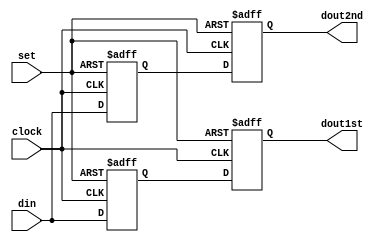
`timescale 1ns / 1ps
//--------------------------------------------------------------------------------------------------------
//  1-to-2 De-multiplexer converts 80MHz data to 40MHz
//--------------------------------------------------------------------------------------------------------
//  12/03/2001  Initial
//  01/29/2002  Added aclr input
//  03/03/2002  Replaced library FFs with behavioral FFs
//  06/04/2004  Add async set for MPC receiver
//  09/19/2006  Mod for xst
//  10/06/2006  Convert to DDR
//  07/15/2010  Conform port order to Virtex 6 version, change to non-blocking operators
//  05/02/2013  Port from Virtex-2
//--------------------------------------------------------------------------------------------------------
  module x_demux_ddr_mpc (clock,set,din,dout1st,dout2nd);

// Generic
  parameter WIDTH = 8;
  initial  $display("x_demux_ddr_mpc: WIDTH=%d",WIDTH);

// Ports
  input        clock;
  input        set;
  input  [WIDTH-1:0]  din;
  output  [WIDTH-1:0]  dout1st;
  output  [WIDTH-1:0]  dout2nd;

// Local
  reg    [WIDTH-1:0]  din1st;    // synthesis attribute IOB of din1st is "true"
  reg    [WIDTH-1:0]  din2nd;    // synthesis attribute IOB of din2nd is "true"
  reg    [WIDTH-1:0]  dout1st;
  reg    [WIDTH-1:0]  dout2nd;

// Latch 80 MHz multiplexed inputs in DDR IOB FFs
// Prefer to latch 1st-in-time on falling edge which reduces latency by 1 clock period
// This version latches 1st-in-time on rising edge to preserve latency of old-style mux version
  always @(posedge clock or posedge set) begin  // Latch 1st-in-time on rising edge
  if (set) din1st <= {WIDTH{1'b1}};        // async set
  else     din1st <= din;              // sync  store
  end

  always @(negedge clock or posedge set) begin  // Latch 2nd-in-time on falling edge
  if (set) din2nd <= {WIDTH{1'b1}};        // async set
  else     din2nd <= din;              // sync  store
  end

// Latch first and second time slices into 40MHz FFs FDCPE
// These are unnecessary legacy FFs to give DDR same timing as old  x_demux
  always @(posedge clock or posedge set) begin
  if (set) dout1st <= {WIDTH{1'b1}};        // async set
  else     dout1st <= din1st;            // sync  store
  end

  always @(posedge clock or posedge set) begin
  if (set) dout2nd <= {WIDTH{1'b1}};        // async set
  else     dout2nd <= din2nd;            // sync  store
  end

//--------------------------------------------------------------------------------------------------------
  endmodule
//--------------------------------------------------------------------------------------------------------